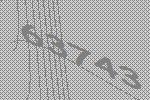
63743